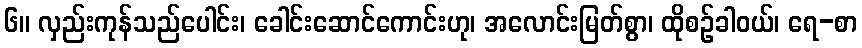
၆။ လှည်းကုန်သည်ပေါင်း၊ ခေါင်းဆောင်ကောင်းဟု၊ အလောင်းမြတ်စွာ၊ ထိုစဉ်ခါဝယ်၊ ရေ-စာ